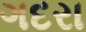
ગદરા